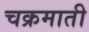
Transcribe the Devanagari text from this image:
चक्रमाती